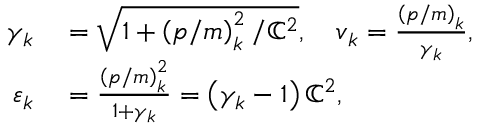
\begin{array} { r l } { \gamma _ { k } } & { { } = \sqrt { 1 + \left( \boldsymbol { p } / m \right) _ { k } ^ { 2 } / \mathbb { C } ^ { 2 } } , \quad \boldsymbol { v } _ { k } = \frac { \left( \boldsymbol { p } / m \right) _ { k } } { \gamma _ { k } } , } \\ { \varepsilon _ { k } } & { { } = \frac { \left( \boldsymbol { p } / m \right) _ { k } ^ { 2 } } { 1 + \gamma _ { k } } = \left( \gamma _ { k } - 1 \right) \mathbb { C } ^ { 2 } , } \end{array}